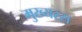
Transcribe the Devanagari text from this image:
मुख्यरस